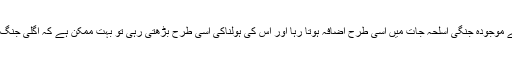
اور اگر سائنس کی ترقی کی وجہ سے موجودہ جنگی اسلحہ جات میں اسی طرح اضافہ ہوتا رہا اور اس کی ہولناکی اسی طرح بڑھتی رہی تو بہت ممکن ہے کہ اگلی جنگ میں نہ آدی زندہ رہے نہ اس کا ادب۔